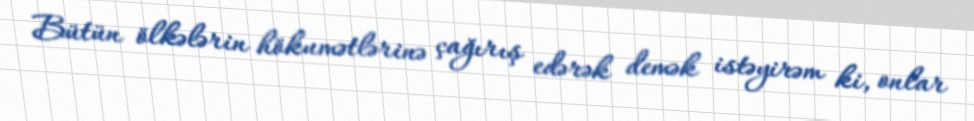
Bütün ölkələrin hökumətlərinə çağırış edərək demək istəyirəm ki, onlar